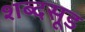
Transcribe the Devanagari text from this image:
शब्दसूड